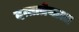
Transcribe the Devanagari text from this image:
दत्तात्रेयाला